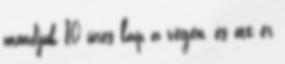
mondjuk 10 üres lap a végén, és ott ér